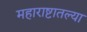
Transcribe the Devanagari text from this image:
महाराष्टातल्या